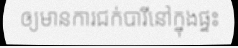
ឲ្យមានការជក់បារីនៅក្នុងផ្ទះ